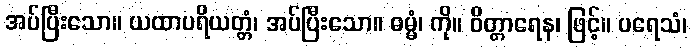
အပ်ပြီးသော။ ယထာပရိယတ္တံ၊ အပ်ပြီးသော။ ဓမ္မံ၊ ကို။ ဝိတ္တာရေန၊ ဖြင့်။ ပရေသံ၊